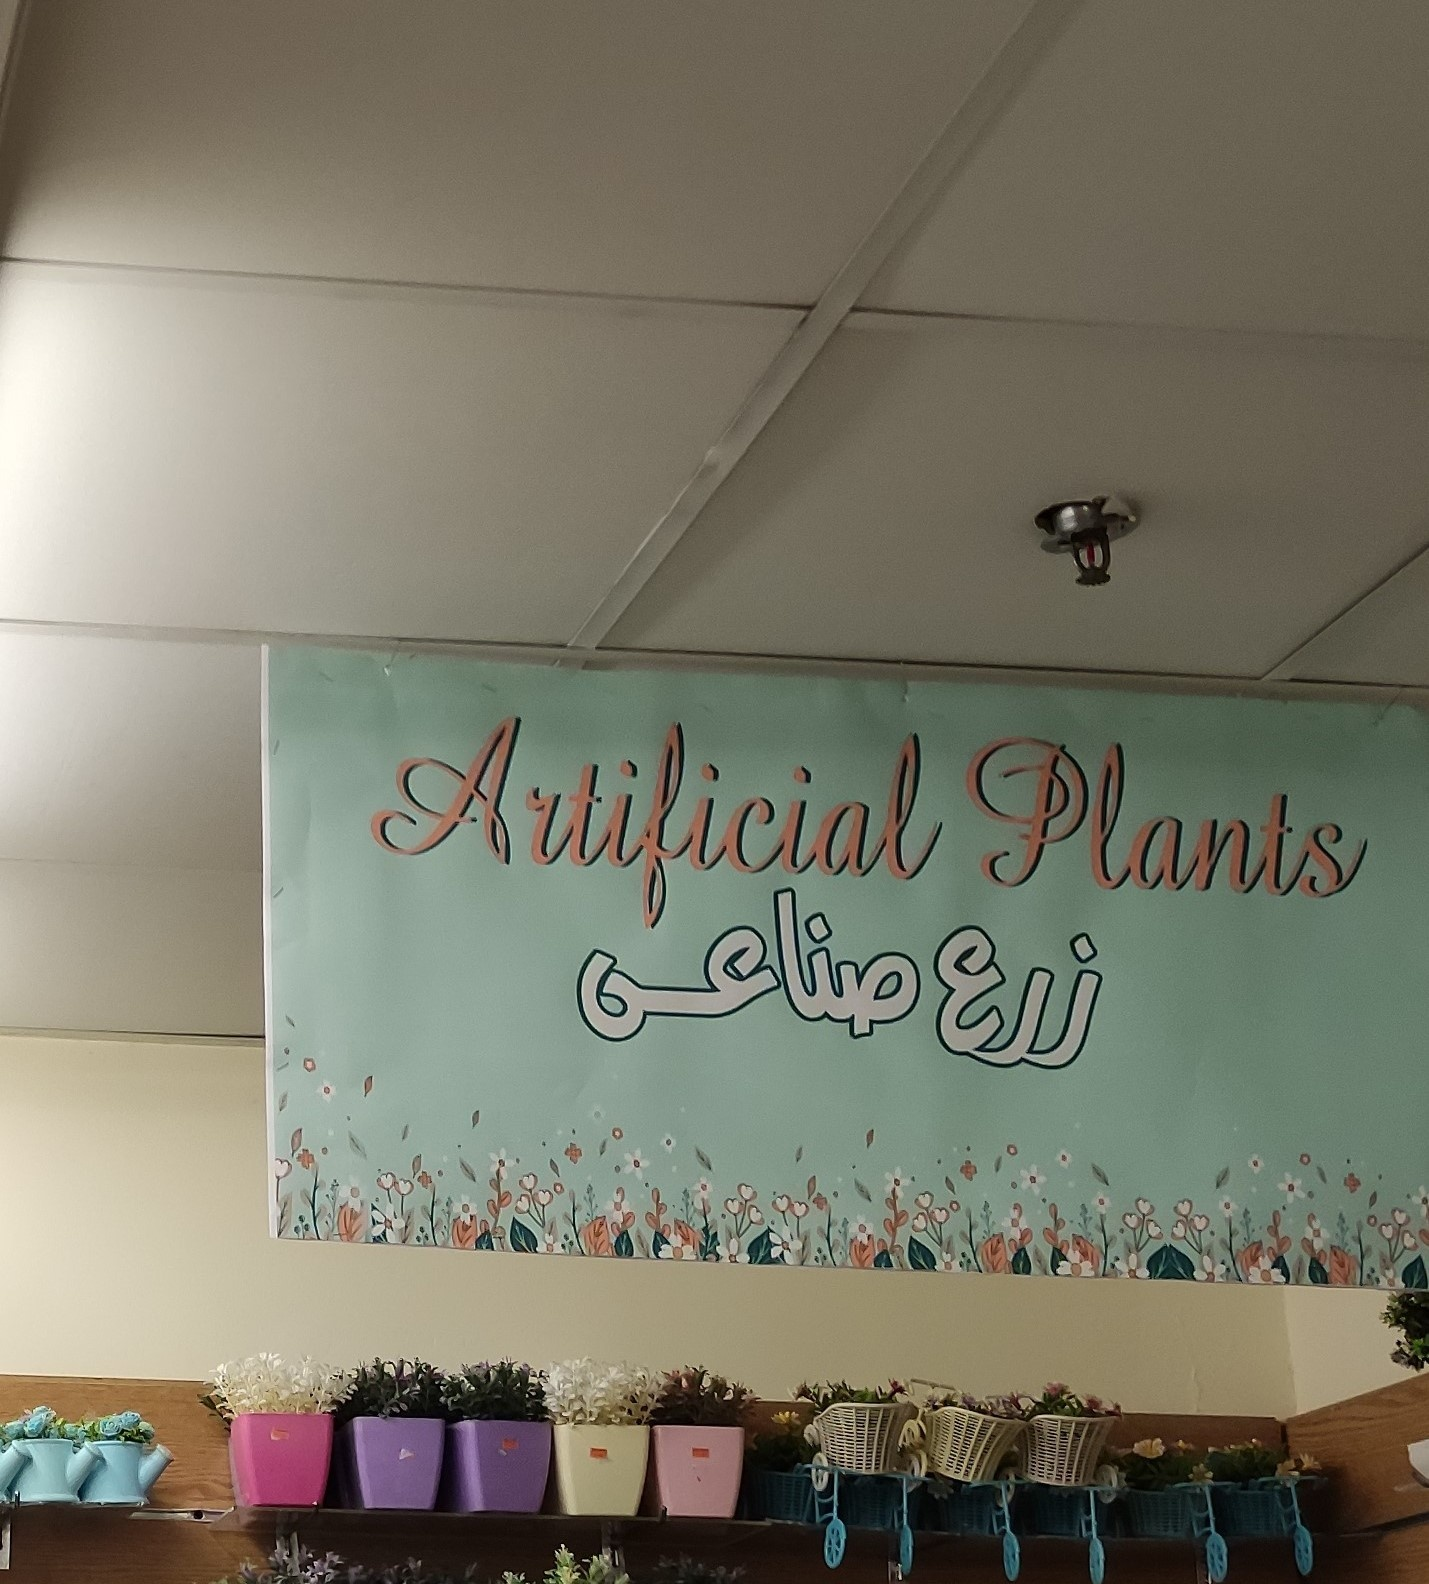
Text in image: صناعى زرع Artificial Plants